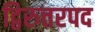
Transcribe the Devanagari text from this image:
द्विरुत्तरपद